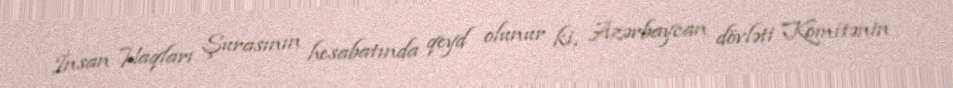
İnsan Haqları Şurasının hesabatında qeyd olunur ki, Azərbaycan dövləti Komitənin